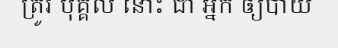
ត្រូវ បុគ្គល នោះ ជា អ្នក ឲ្យបាយ